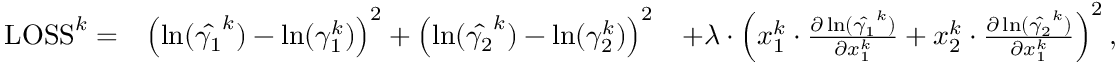
\begin{array} { r l r } { \mathrm { L O S S } ^ { k } = } & { \left( \ln ( \hat { \gamma _ { 1 } } ^ { k } ) - \ln ( \gamma _ { 1 } ^ { k } ) \right) ^ { 2 } + \left( \ln ( \hat { \gamma _ { 2 } } ^ { k } ) - \ln ( \gamma _ { 2 } ^ { k } ) \right) ^ { 2 } } & { + \lambda \cdot \left( x _ { 1 } ^ { k } \cdot \frac { \partial \ln ( \hat { \gamma _ { 1 } } ^ { k } ) } { \partial x _ { 1 } ^ { k } } + x _ { 2 } ^ { k } \cdot \frac { \partial \ln ( \hat { \gamma _ { 2 } } ^ { k } ) } { \partial x _ { 1 } ^ { k } } \right) ^ { 2 } , } \end{array}